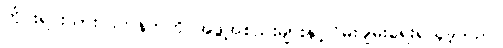
တိုင်းရင်းသားလက်နက်ကိုင်အဖွဲ့အစည်းများနှင့်ငြိမ်းချမ်းရေးရယူခဲ့သည်။